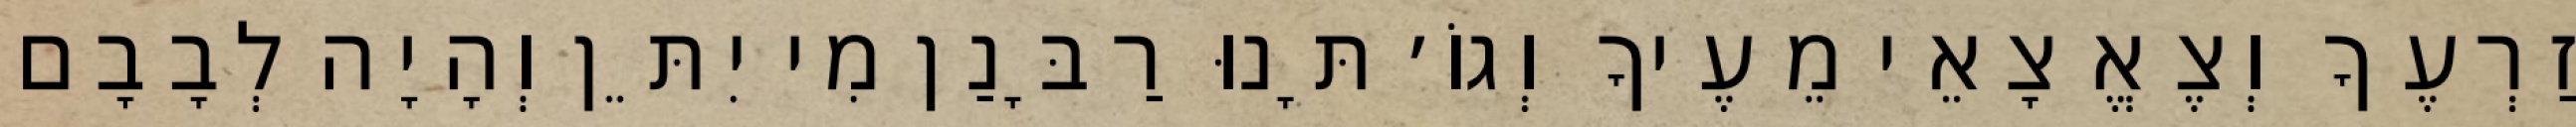
זַרְעֶךָ וְצֶאֱצָאֵי מֵעֶיךָ וְגוֹ׳ תָּנוּ רַבָּנַן מִי יִתֵּן וְהָיָה לְבָבָם